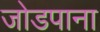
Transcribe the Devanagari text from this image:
जोडपाना